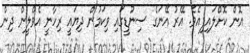
އޮން ކޮށްލައިފިއެވެ. އޭރު އޭނަގެ ސިނުޑީގައި ވިކަމުން ދިޔައީ ރިހާނީ އެވްލީން ދިން